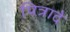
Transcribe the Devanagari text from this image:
पित्रादे